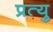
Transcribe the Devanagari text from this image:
प्रत्यु